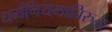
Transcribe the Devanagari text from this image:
धर्मनियमाविरुद्ध